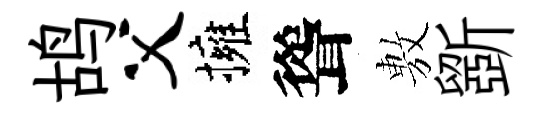
鸪父擁聳𢾾斵